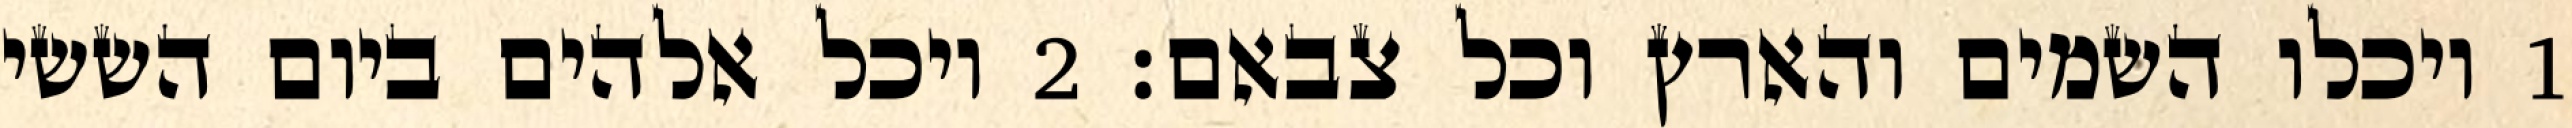
1 ויכלו השמים והארץ וכל צבאם׃ ‎2‏ ויכל אלהים ביום הששי